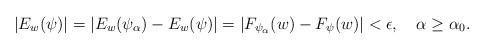
LaTeX: \begin{align*}|E_{w}(\psi)| =|E_{w}(\psi_\alpha) - E_{w}(\psi)|= |F_{\psi_{\alpha}}(w) - F_{\psi}(w)| < \epsilon, \ \ \ \alpha\geq \alpha_0.\end{align*}